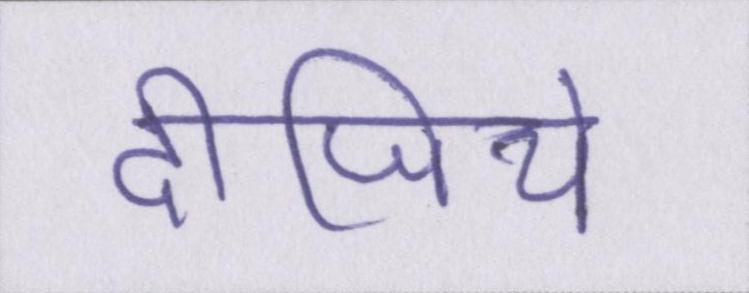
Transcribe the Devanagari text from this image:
दीजिये